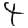
Digit: 4